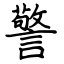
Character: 警